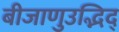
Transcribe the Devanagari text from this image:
बीजाणुउद्भिद्